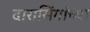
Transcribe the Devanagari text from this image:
दारासिंगांच्या